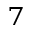
^ { 7 }